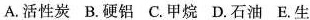
A.活性炭 B.硬铝 C.甲烷 D.石油 E.生